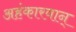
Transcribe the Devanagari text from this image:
अहंकारवान्